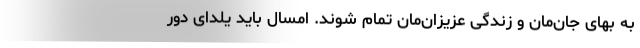
به بهای جان‌مان و زندگی عزیزان‌مان تمام شوند. امسال باید یلدای دور